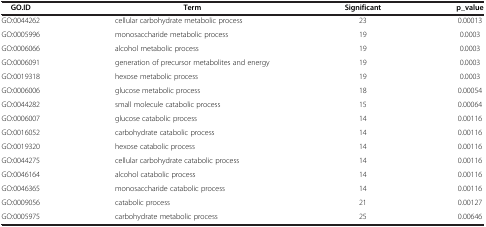
<table><thead><tr><td><b>GO.ID</b></td><td><b>Term</b></td><td><b>Significant</b></td><td><b>p_value</b></td></tr></thead><tbody><tr><td>GO:0044262</td><td>cellular carbohydrate metabolic process</td><td>23</td><td>0.00013</td></tr><tr><td>GO:0005996</td><td>monosaccharide metabolic process</td><td>19</td><td>0.0003</td></tr><tr><td>GO:0006066</td><td>alcohol metabolic process</td><td>19</td><td>0.0003</td></tr><tr><td>GO:0006091</td><td>generation of precursor metabolites and energy</td><td>19</td><td>0.0003</td></tr><tr><td>GO:0019318</td><td>hexose metabolic process</td><td>19</td><td>0.0003</td></tr><tr><td>GO:0006006</td><td>glucose metabolic process</td><td>18</td><td>0.00054</td></tr><tr><td>GO:0044282</td><td>small molecule catabolic process</td><td>15</td><td>0.00064</td></tr><tr><td>GO:0006007</td><td>glucose catabolic process</td><td>14</td><td>0.00116</td></tr><tr><td>GO:0016052</td><td>carbohydrate catabolic process</td><td>14</td><td>0.00116</td></tr><tr><td>GO:0019320</td><td>hexose catabolic process</td><td>14</td><td>0.00116</td></tr><tr><td>GO:0044275</td><td>cellular carbohydrate catabolic process</td><td>14</td><td>0.00116</td></tr><tr><td>GO:0046164</td><td>alcohol catabolic process</td><td>14</td><td>0.00116</td></tr><tr><td>GO:0046365</td><td>monosaccharide catabolic process</td><td>14</td><td>0.00116</td></tr><tr><td>GO:0009056</td><td>catabolic process</td><td>21</td><td>0.00127</td></tr><tr><td>GO:0005975</td><td>carbohydrate metabolic process</td><td>25</td><td>0.00646</td></tr></tbody></table>